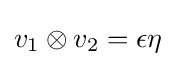
v_{1}\otimes v_{2}=\epsilon \eta